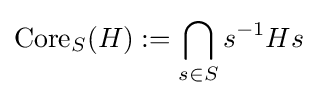
\mathrm {Core} _{S}(H):=\bigcap _{s\in S}{s^{-1}Hs}